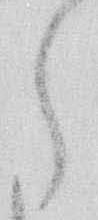
ら